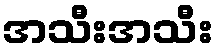
အသီးအသီး